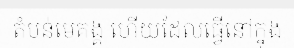
តំបន់មេគង្គ ហើយដែលធ្វើនៅក្នុង